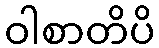
ဝါစာတိပိ